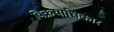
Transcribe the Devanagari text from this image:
विक्रयाधिकार